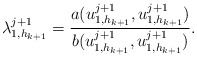
\begin{align*}\lambda_{1,h_{k+1}}^{j+1}=\frac{a(u_{1,h_{k+1}}^{j+1},u_{1,h_{k+1}}^{j+1})}{b(u_{1,h_{k+1}}^{j+1},u_{1,h_{k+1}}^{j+1})}.\end{align*}